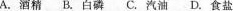
A.酒精 B.白磷 C.汽油 D.食盐